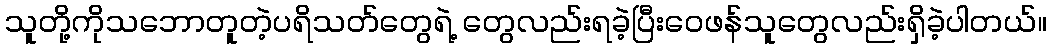
သူတို့ကိုသဘောတူတဲ့ပရိသတ်တွေရဲ့ တွေလည်းရခဲ့ပြီးဝေဖန်သူတွေလည်းရှိခဲ့ပါတယ်။